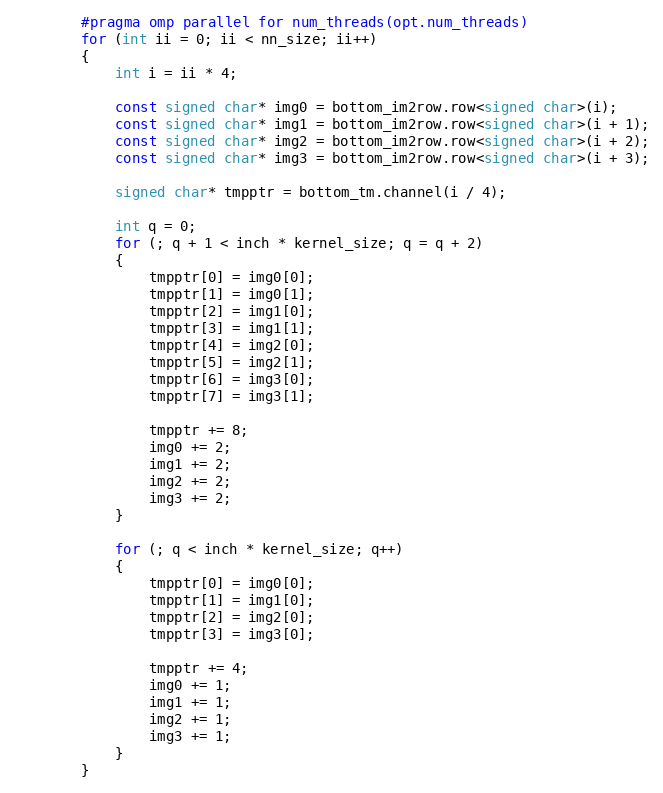
Language: C
        #pragma omp parallel for num_threads(opt.num_threads)
        for (int ii = 0; ii < nn_size; ii++)
        {
            int i = ii * 4;

            const signed char* img0 = bottom_im2row.row<signed char>(i);
            const signed char* img1 = bottom_im2row.row<signed char>(i + 1);
            const signed char* img2 = bottom_im2row.row<signed char>(i + 2);
            const signed char* img3 = bottom_im2row.row<signed char>(i + 3);

            signed char* tmpptr = bottom_tm.channel(i / 4);

            int q = 0;
            for (; q + 1 < inch * kernel_size; q = q + 2)
            {
                tmpptr[0] = img0[0];
                tmpptr[1] = img0[1];
                tmpptr[2] = img1[0];
                tmpptr[3] = img1[1];
                tmpptr[4] = img2[0];
                tmpptr[5] = img2[1];
                tmpptr[6] = img3[0];
                tmpptr[7] = img3[1];

                tmpptr += 8;
                img0 += 2;
                img1 += 2;
                img2 += 2;
                img3 += 2;
            }

            for (; q < inch * kernel_size; q++)
            {
                tmpptr[0] = img0[0];
                tmpptr[1] = img1[0];
                tmpptr[2] = img2[0];
                tmpptr[3] = img3[0];

                tmpptr += 4;
                img0 += 1;
                img1 += 1;
                img2 += 1;
                img3 += 1;
            }
        }